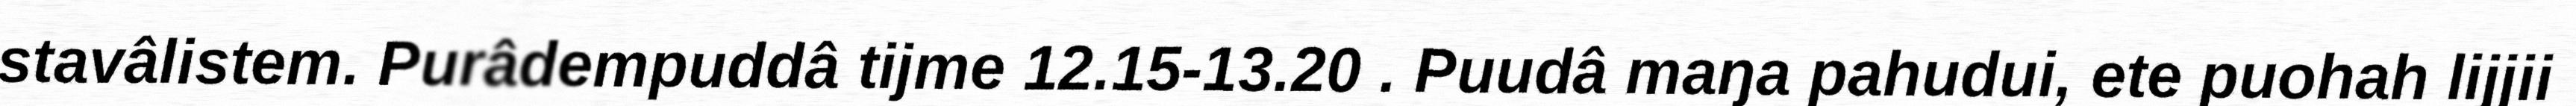
stavâlistem. Purâdempuddâ tijme 12.15-13.20 . Puudâ maŋa pahudui, ete puohah lijjii